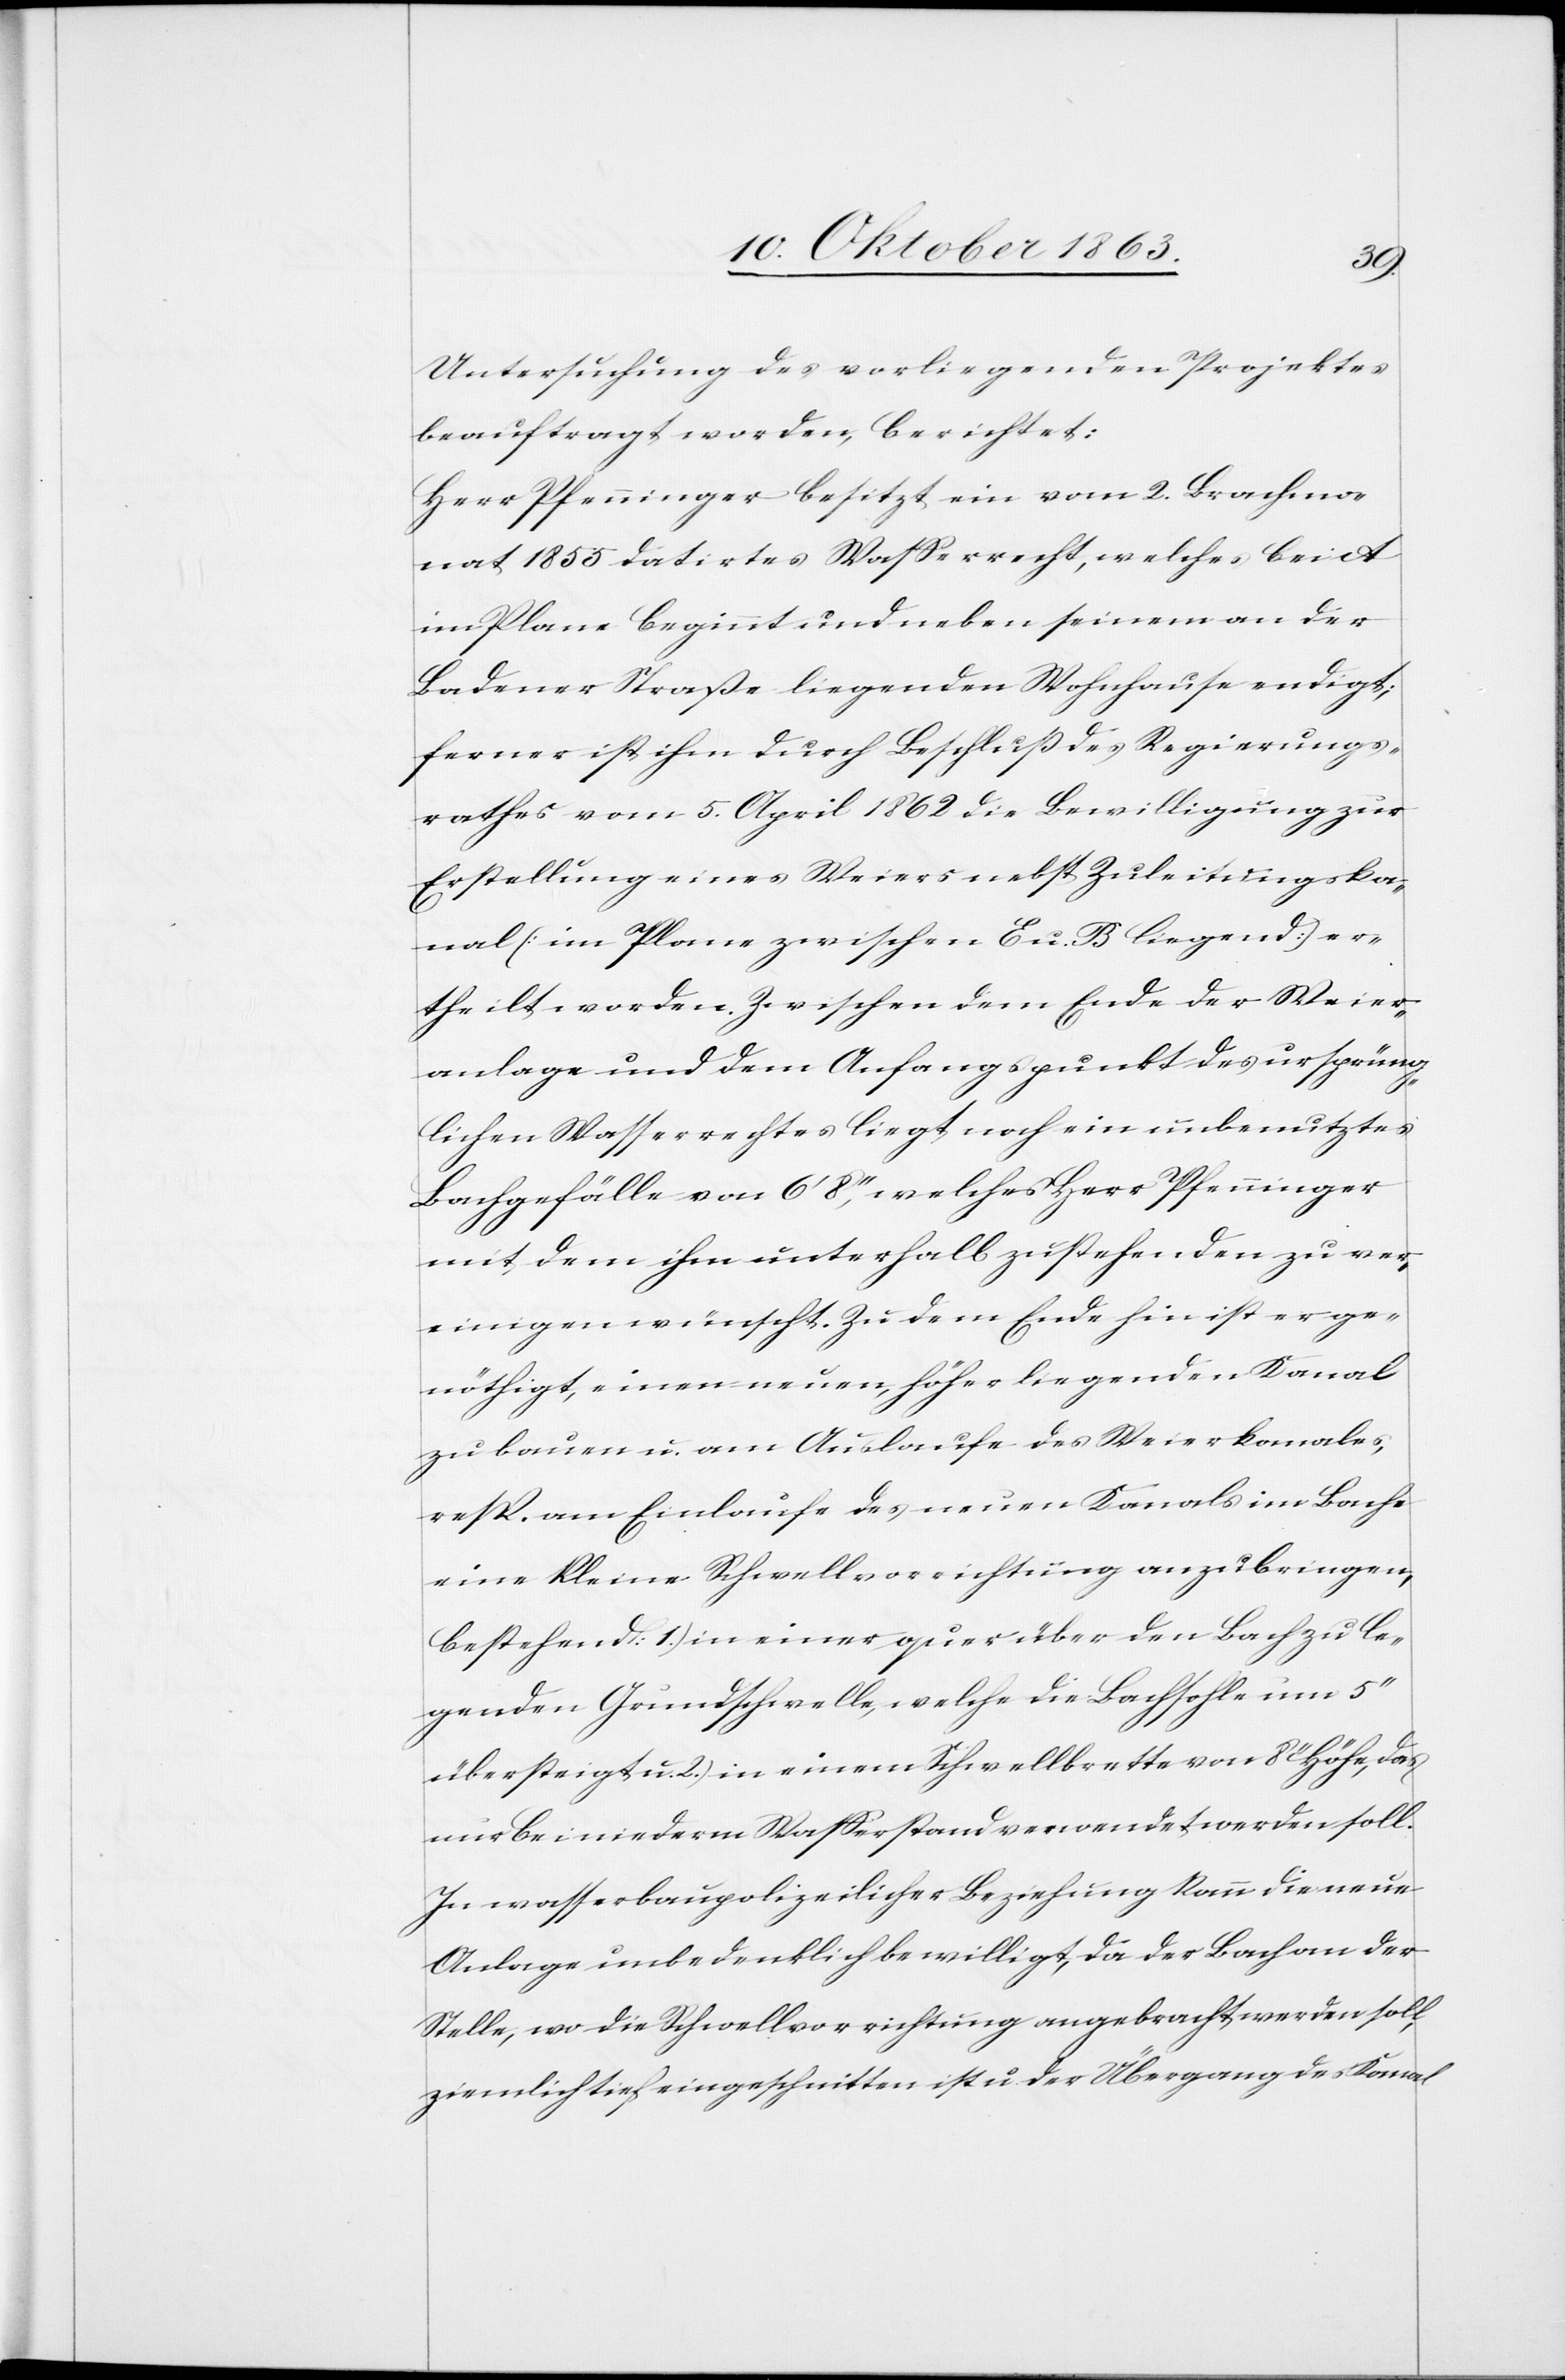
Untersuchung des vorliegenden Projektes
beauftragt worden, berichtet:
Herr Pfenninger besitzt ein vom 2. Brachmo¬
nat 1855 datirtes Wasserrecht, welches bei A
im Plane beginnt und neben seinem an der
Badener Straße liegenden Wohnhause endigt;
ferner ist ihm durch Beschluß des Regierungs¬
rathes vom 5. April 1862 die Bewilligung zur
Erstellung eines Weiers nebst Zuleitungska¬
nal [im Plane zwischen E u. B liegend] er¬
theilt worden. Zwischen dem Ende der Weier¬
anlage und dem Anfangspunkt des ursprüng¬
lichen Wasserrechtes liegt noch ein unbenutztes
Bachgefälle von 6' 8'', welches Herr Pfenninger
mit dem ihm unterhalb zustehenden zu ver¬
einigen wünscht. Zu dem Ende hin ist er ge¬
nöthigt, einen neuen, höher liegenden Kanal
zu bauen u. am Auslaufe des Weierkanales,
resp. am Einlaufe des neuen Kanals im Bache
eine kleine Schwellvorrichtung anzubringen,
bestehend: 1.) in einer quer über den Bach zu le¬
genden Grundschwelle, welche die Bachsohle um
übersteigt u. 2.) in einem Schwellbrette von 8'' Höhe, das
nur bei niederm Wasserstand verwendet werden soll.
In wasserbaupolizeilicher Beziehung kann die neue
Anlage unbedenklich bewilligt, da der Bach an der
Stelle, wo die Schwellvorrichtung angebracht werden soll,
ziemlich tief eingeschnitten ist u. der Übergang des Kanal[s]